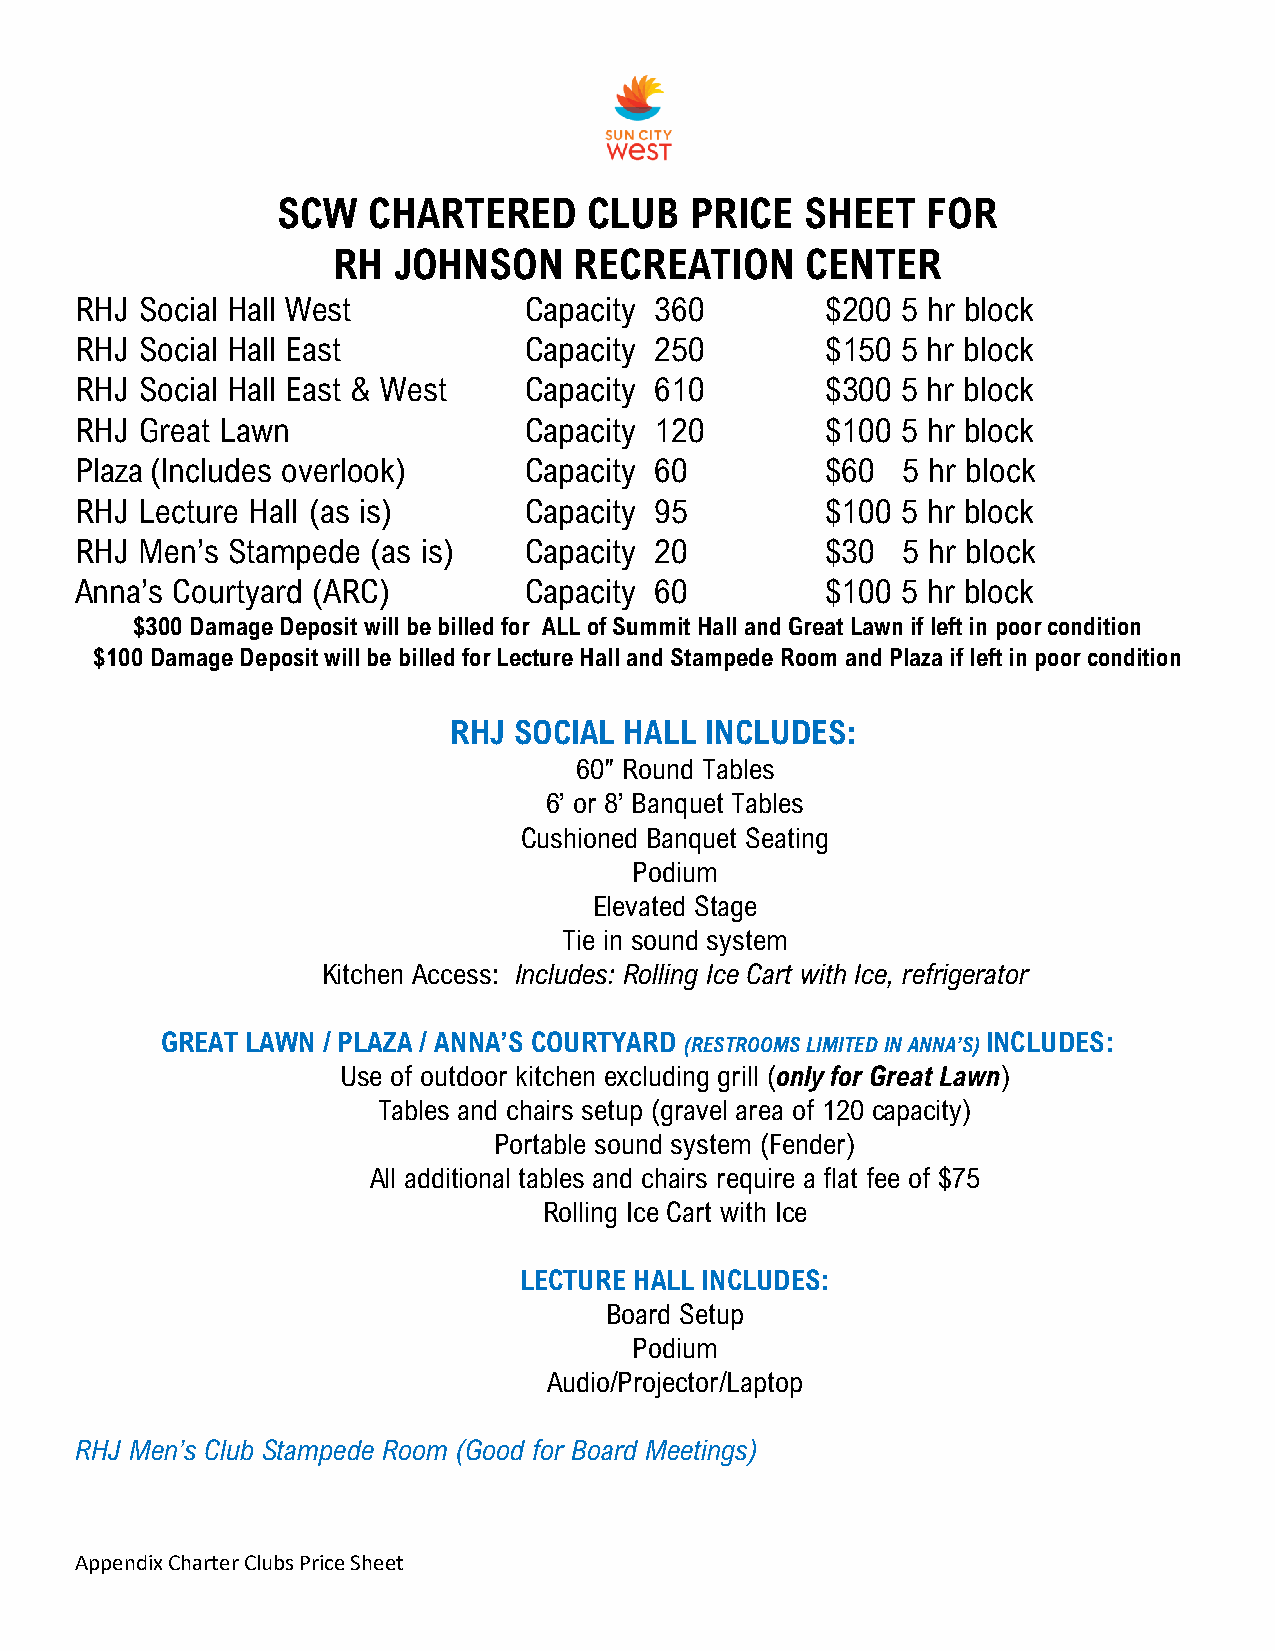
SCW   CHARTERED      CLUB   PRICE  SHEET   FOR
 RH  JOHNSON     RECREATION     CENTER
 RHJ Social Hall West          Capacity 360        $200 5 hr block
 RHJ Social Hall East          Capacity 250        $150 5 hr block
 RHJ Social Hall East & West   Capacity 610        $300 5 hr block
 RHJ Great Lawn                Capacity 120        $100 5 hr block
 Plaza (Includes overlook)     Capacity 60         $60  5 hr block
 RHJ Lecture Hall (as is)      Capacity 95         $100 5 hr block
 RHJ Men’s Stampede  (as is)   Capacity 20         $30  5 hr block
 Anna’s Courtyard (ARC)        Capacity 60         $100 5 hr block
 $300 Damage Deposit will be billed for ALL of Summit Hall and Great Lawn if left in poor condition
 $100 Damage Deposit will be billed for Lecture Hall and Stampede Room and Plaza if left in poor condition
 RHJ SOCIAL HALL  INCLUDES:
 60″ Round Tables
 6’ or 8’ Banquet Tables
 Cushioned Banquet Seating
 Podium
 Elevated Stage
 Tie in sound system
 Kitchen Access: Includes: Rolling Ice Cart with Ice, refrigerator
 GREAT LAWN / PLAZA / ANNA’S COURTYARD (RESTROOMS LIMITED IN ANNA’S) INCLUDES:
 Use of outdoor kitchen excluding grill (only for Great Lawn)
 Tables and chairs setup (gravel area of 120 capacity)
 Portable sound system (Fender)
 All additional tables and chairs require a flat fee of $75
 Rolling Ice Cart with Ice
 LECTURE HALL INCLUDES:
 Board Setup
 Podium
 Audio/Projector/Laptop
 RHJ Men’s Club Stampede Room (Good for Board Meetings)
 Appendix Charter Clubs Price Sheet